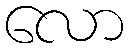
လော